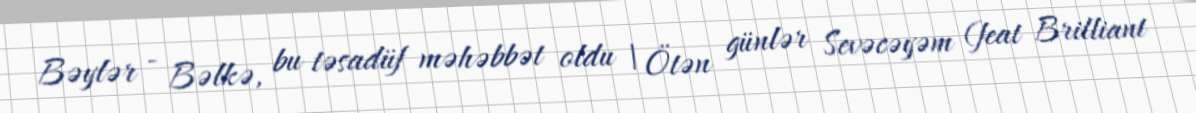
Bəylər - Bəlkə, bu təsadüf məhəbbət oldu | Ötən günlər Sevəcəyəm (feat Brilliant